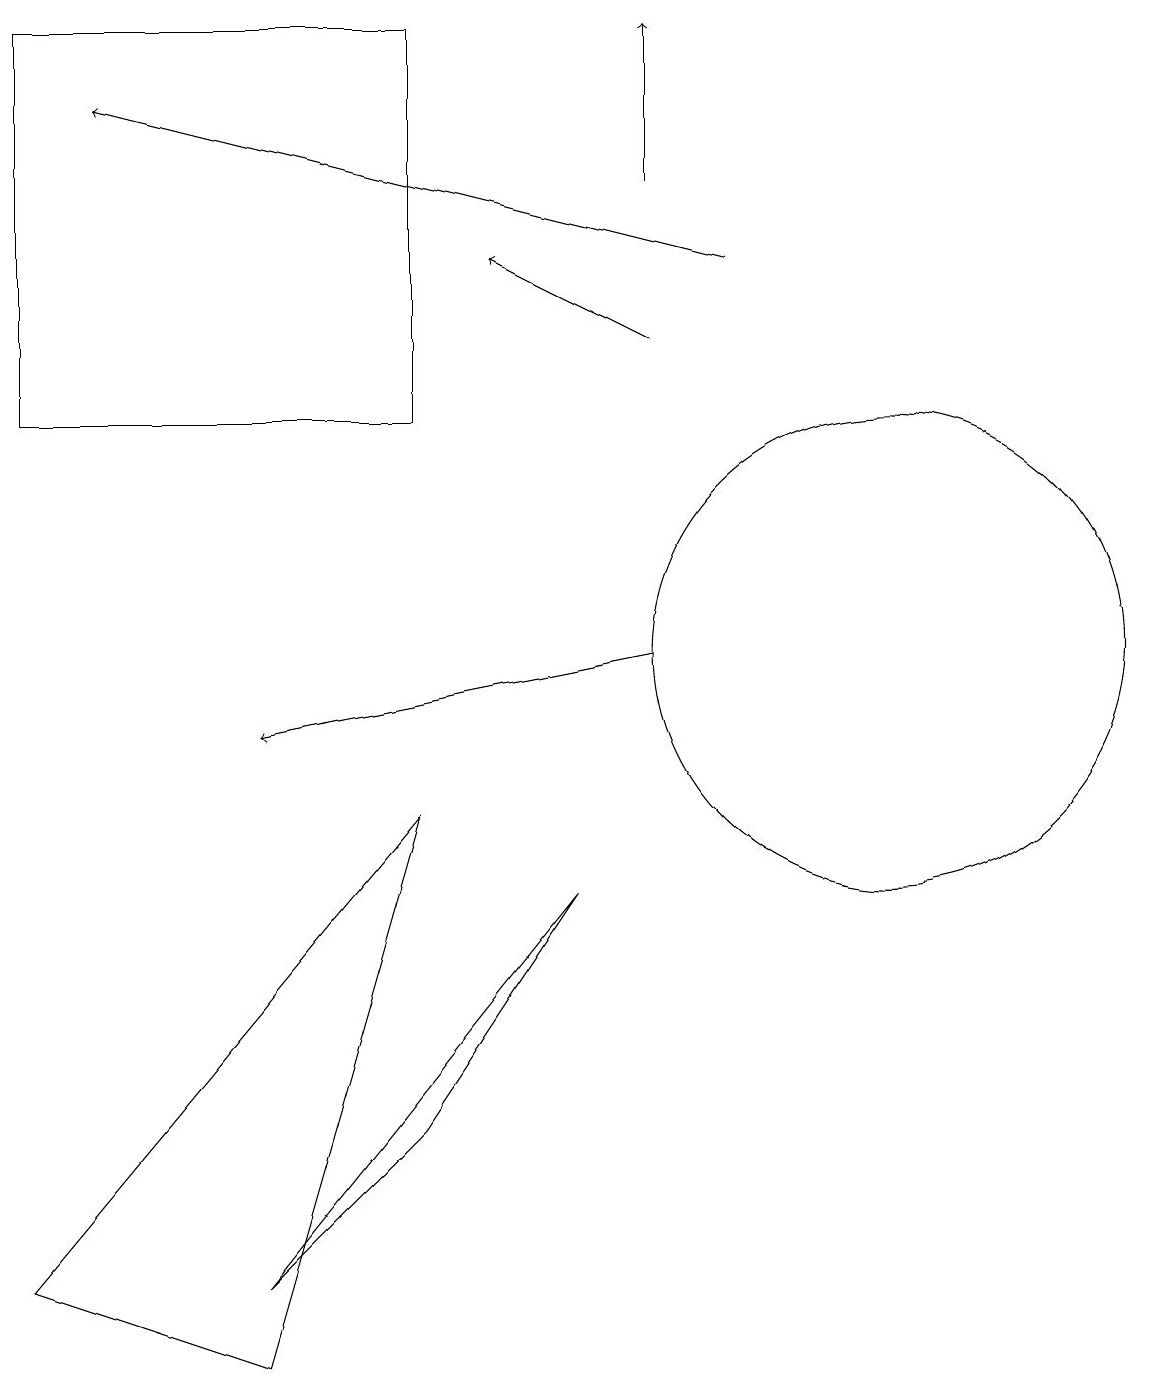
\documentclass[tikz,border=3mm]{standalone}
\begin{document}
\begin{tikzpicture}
\draw[->] (8,11) -- (3,10);
\draw (5,5) -- (7,8) -- (3,3) -- cycle;
\draw (11,11) circle (3);
\draw[->] (8,17) -- (8,19);
\draw (0,3) -- (5,9) -- (3,2) -- cycle;
\draw[->] (9,16) -- (1,18);
\draw[->] (8,15) -- (6,16);
\draw (5,14) rectangle (0,19);
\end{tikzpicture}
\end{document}